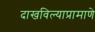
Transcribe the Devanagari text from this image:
दाखविल्याप्रामाणे